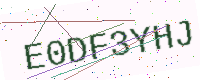
Text: E0DF3YHJ